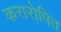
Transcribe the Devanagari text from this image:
करारोपित